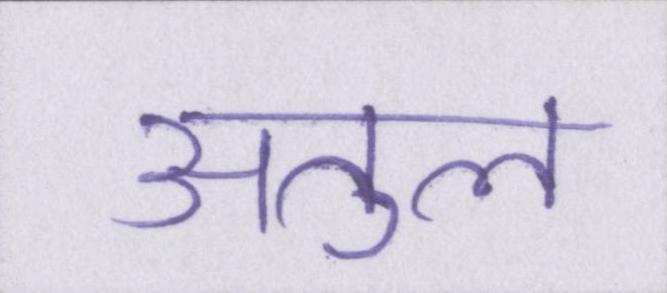
अतुल